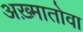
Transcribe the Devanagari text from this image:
अख़्मातोवा